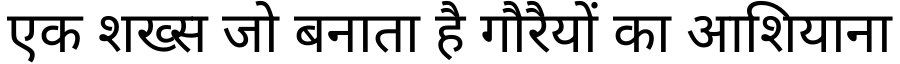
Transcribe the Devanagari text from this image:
एक शख्स जो बनाता है गौरैयों का आशियाना